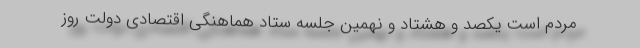
مردم است یکصد و هشتاد و نهمین جلسه ستاد هماهنگی اقتصادی دولت روز